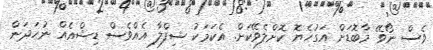
ވެސް ނޯވޭ މާބޮޑަށް އަގުހެޔޮ ކޮށްލެވޭކަށް. އެކަމަކު ޝިފްލާ އެއްވެސް ޑިޝްއެއް ނުހަދަން